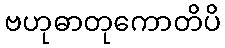
ဗဟုဓာတုကောတိပိ